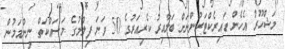
މަޝްހޫރު އެހެން ޑައިރެކްޓަރުންނަށް ބަލާއިރު ކެރިއަރުގެ 50 ވަނަ ފިލްމުގެ މަސައްކަތް ނިންމަމުން